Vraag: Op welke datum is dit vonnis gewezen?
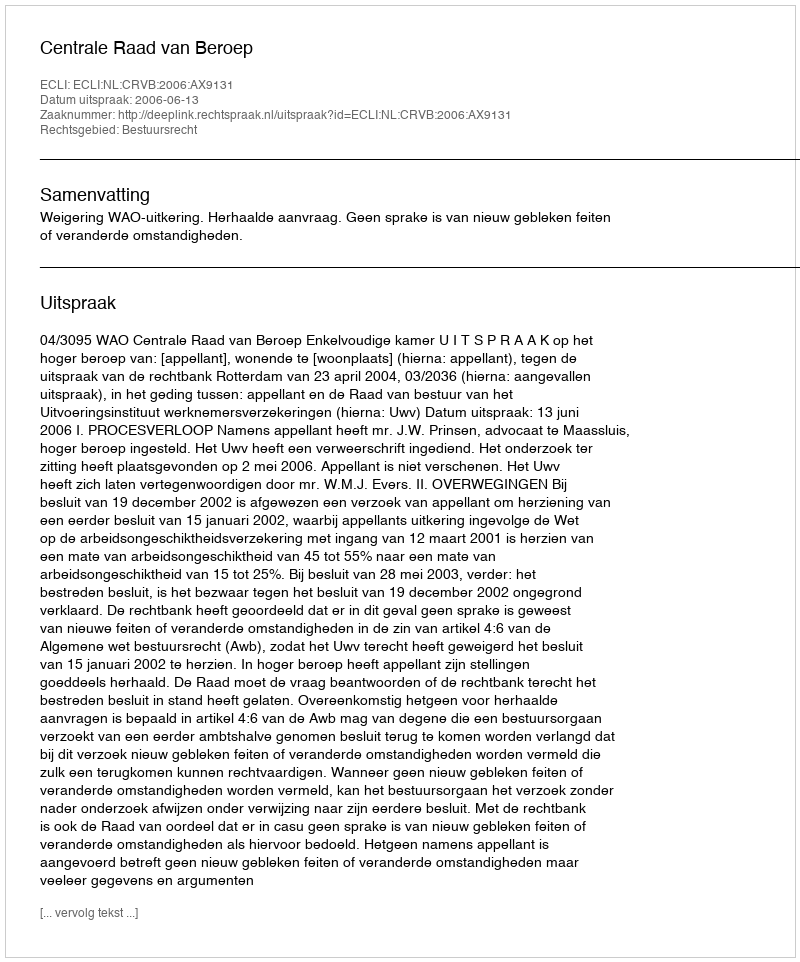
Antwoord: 2006-06-13